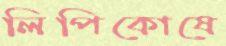
লিপিকোষে